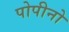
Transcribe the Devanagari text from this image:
पोपीनो